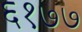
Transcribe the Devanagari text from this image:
६१७७